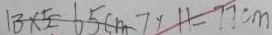
1 3 \times 5 = 6 5 c m 7 \times 1 1 = 7 7 c m